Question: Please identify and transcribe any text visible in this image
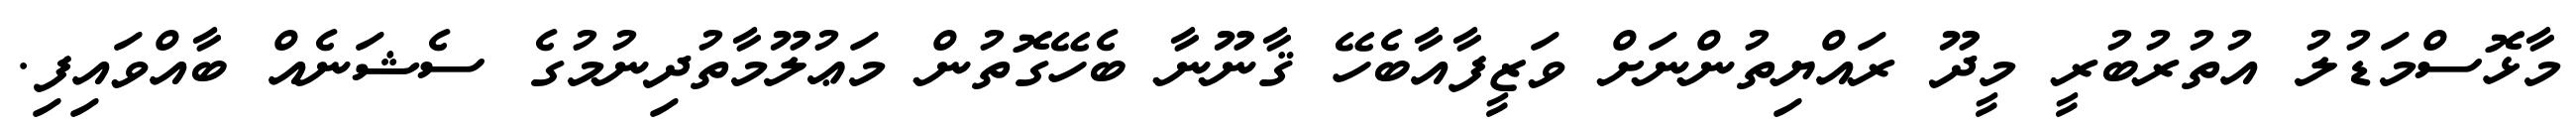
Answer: މާޅޮސްމަޑުލު އުތުރުބުރީ މީދޫ ރައްޔިތުންނަށް ވަޒީފާއާބެހޭ ޤާނޫނާ ބެހޭގޮތުން މަޢުލޫމާތުދިނުމުގެ ސެޝަނެއް ބާއްވައިފި.